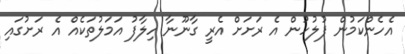
އެހެންކަމުން ފުލުހުން އެ ރަށަށް އެރީ ގާނޫނާ ހިލާފު އަމަލުތަކެއް އެ ރަށުގައި